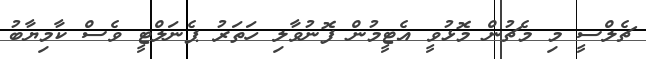
ޗެލްސީ މި މެޗުން މޮޅުވީ އެޓީމުން ފޮނުވާލި ހަތަރު ޕެނަލްޓީ ވެސް ކާމިޔާބު